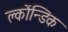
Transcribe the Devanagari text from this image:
क्लोंन्डिक